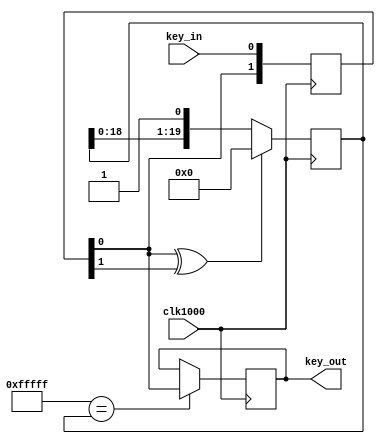
module avoidShake(
	input clk1000,
	input key_in,
	output reg key_out
	);

reg [19:0] fifo;
reg [1:0] key_in_r;
wire change;

initial 
    key_out = 1'b1;

always @(posedge clk1000) begin
    key_in_r <= {key_in_r[0],key_in};
end

assign change = key_in_r[0] ^ key_in_r[1];

always @(posedge clk1000) begin 
    if(1 == change)
        fifo <= 20'b0;
    else fifo <= {fifo[18:0],1'b1};
end

always @(posedge clk1000)
begin
    if(20'hf_ffff == fifo)
        key_out <= key_in_r[0];
end

endmodule